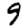
Digit: 9